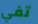
تفي